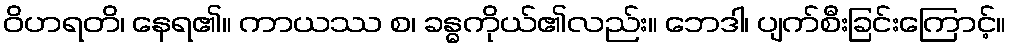
ဝိဟရတိ၊ နေရ၏။ ကာယဿ စ၊ ခန္ဓကိုယ်၏လည်း။ ဘေဒါ၊ ပျက်စီးခြင်းကြောင့်။